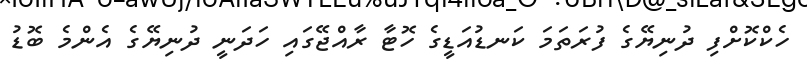
ހެކްކޮށްފި ދުނިޔޭގެ ފުރަތަމަ ކަނޑުއަޑީގެ ހޮޓާ ރާއްޖޭގައި ހަދަނީ ދުނިޔޭގެ އެންމެ ބޮޑު